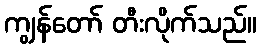
ကျွန်တော် တီးလိုက်သည်။